Eesti_Ajutise_Maavalitsuse_haridusosakond, lk 19
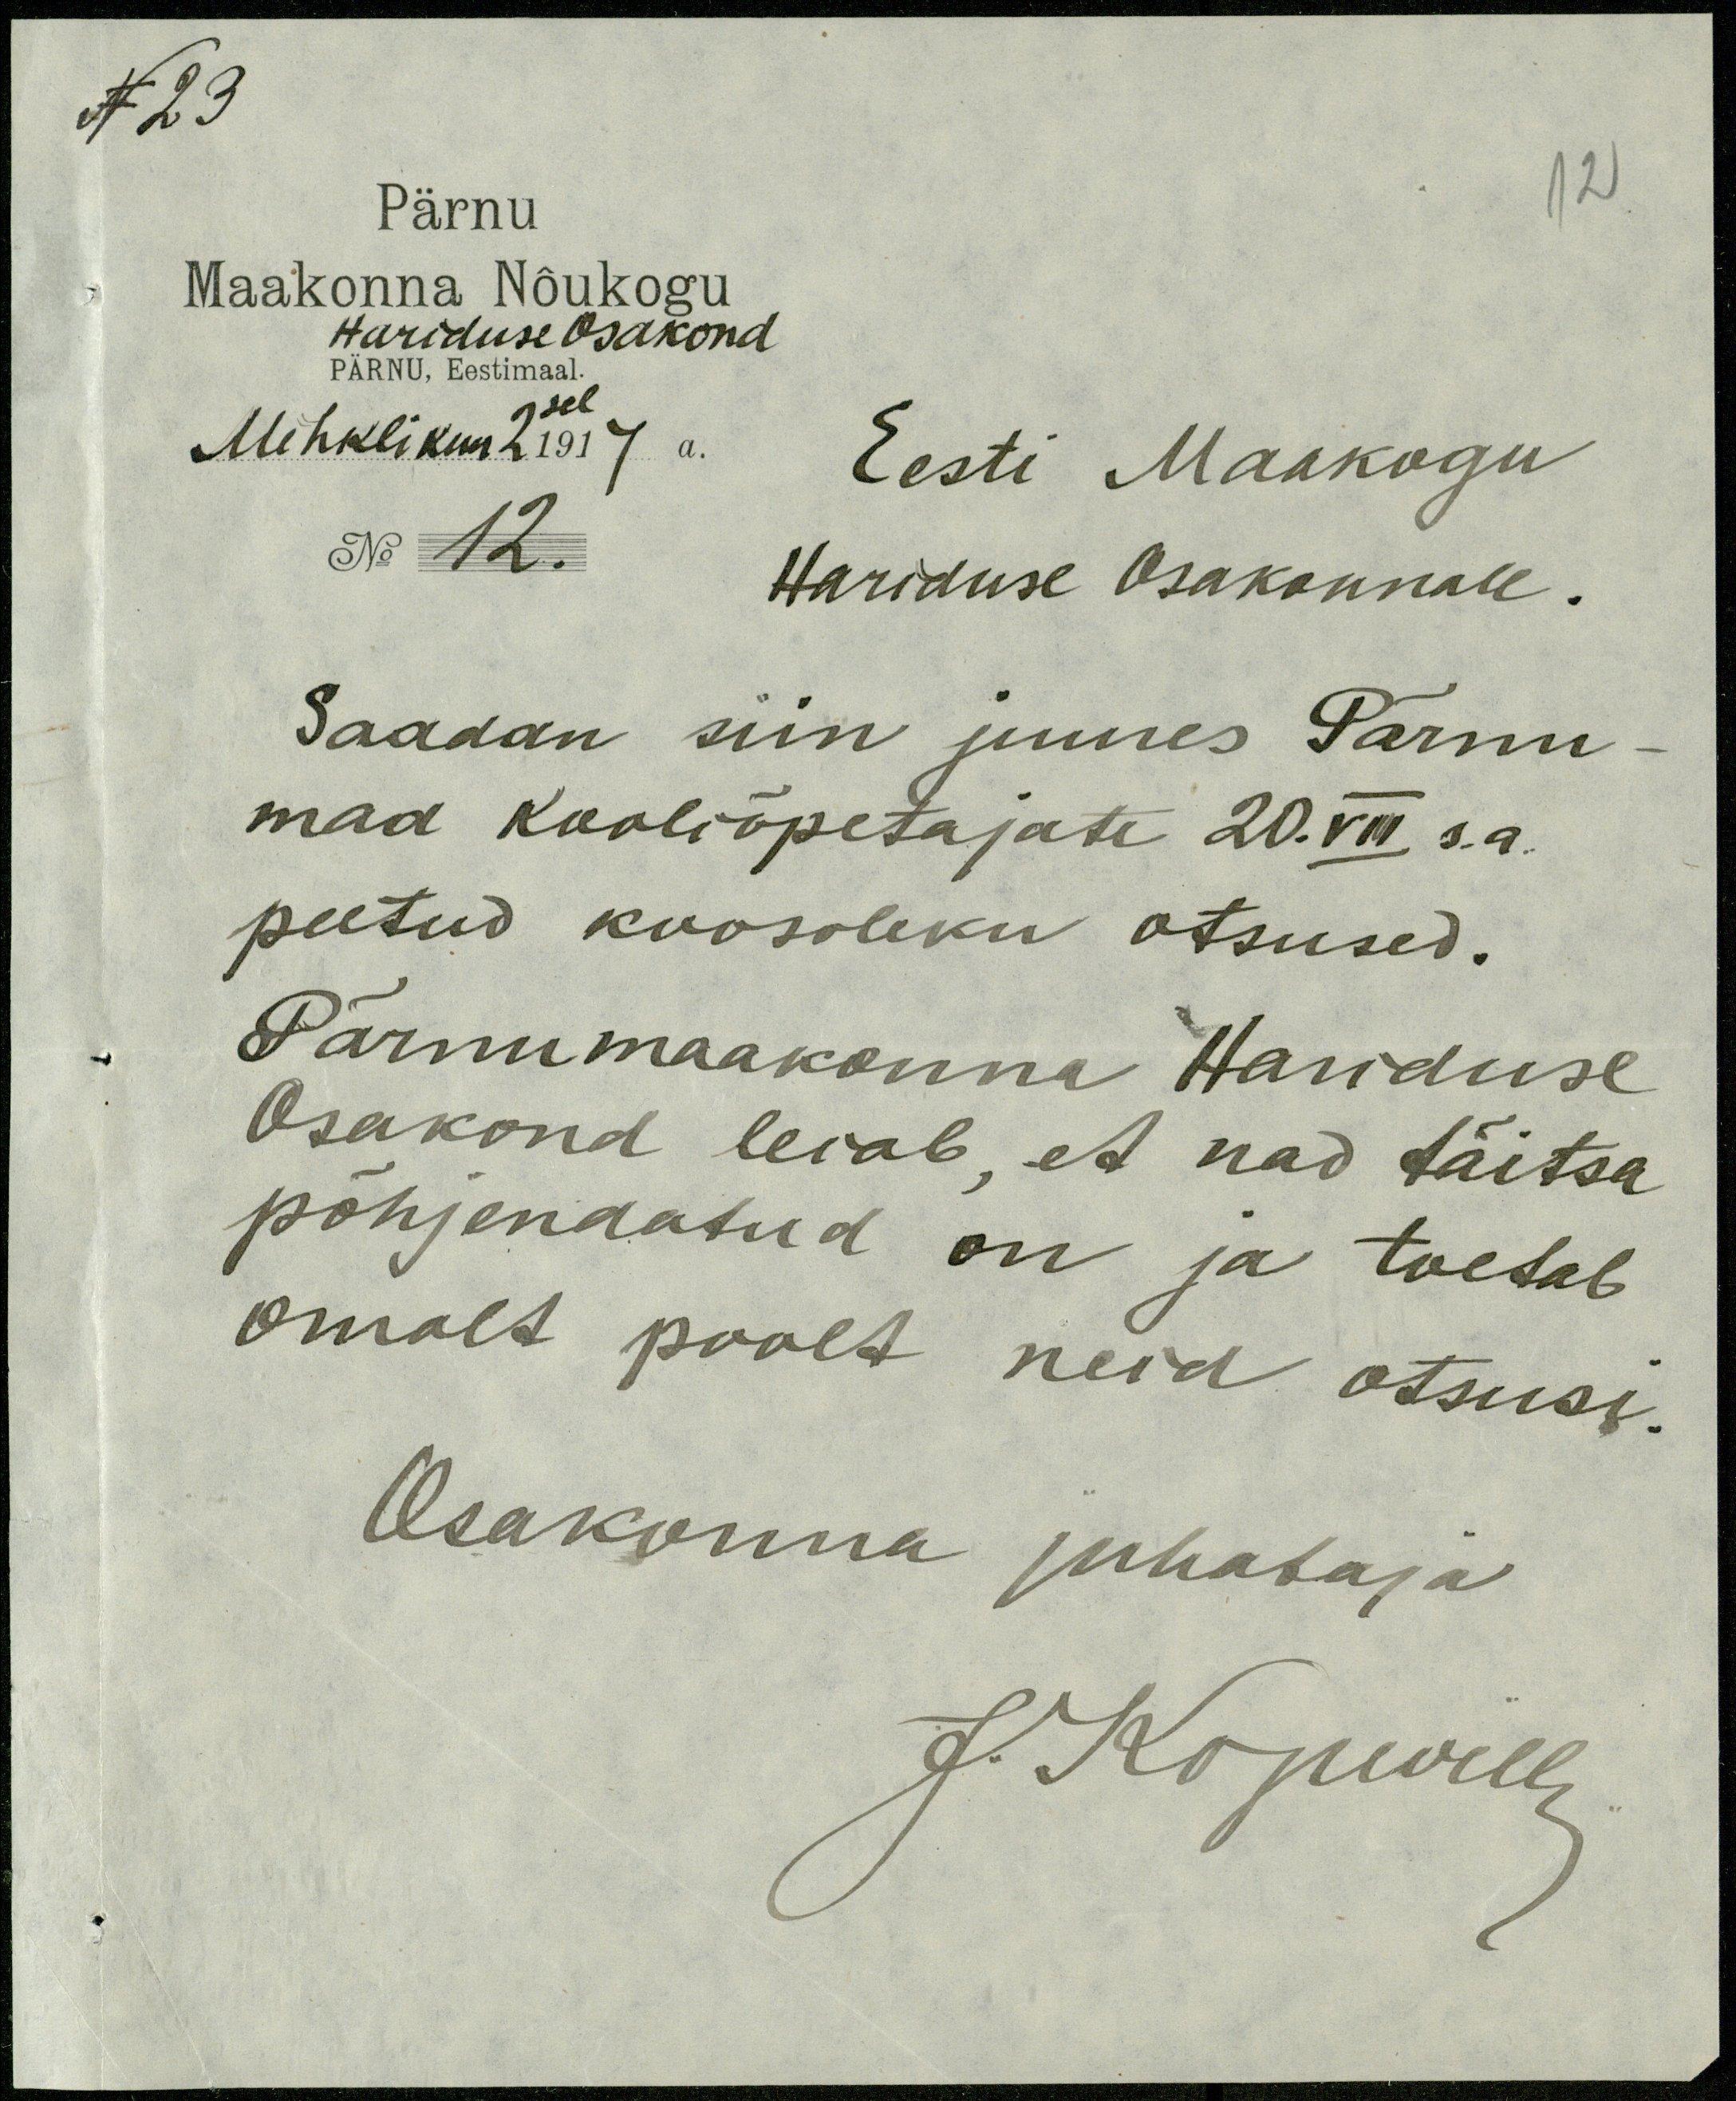
N 23

Pärnu
12
Maakonna Nõukogu
Hariduse Osakond
PÄRNU, Eestimaal.
Mihklikuu 2 sel 1917 a.
Eesti Maakogu
No 12.
Hariduse Osakonnale.
Saadan siin juures Pärnu
maa kooliõpetajate 20. VII s.a.
peetud koosoleku otsused.
Pärnumaakonna Hariduse
Osakond leiab, et nad täitsa
põhjendatud on ja toetab
omalt poolt neid otsusi.
Osakonna juhataja
J. Kopwill